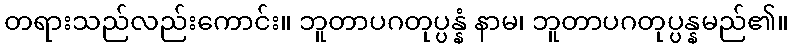
တရားသည်လည်းကောင်း။ ဘူတာပဂတုပ္ပန္နံ နာမ၊ ဘူတာပဂတုပ္ပန္နမည်၏။